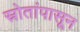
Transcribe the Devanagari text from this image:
स्रोतांपासून